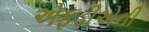
એફડીએની